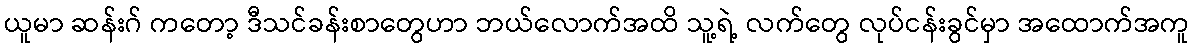
ယူမာ ဆန်းဂ် ကတော့ ဒီသင်ခန်းစာတွေဟာ ဘယ်လောက်အထိ သူ့ရဲ့ လက်တွေ လုပ်ငန်းခွင်မှာ အထောက်အကူ